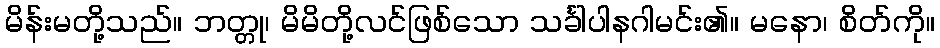
မိန်းမတို့သည်။ ဘတ္တု၊ မိမိတို့လင်ဖြစ်သော သင်္ခါပါနဂါမင်း၏။ မနော၊ စိတ်ကို။